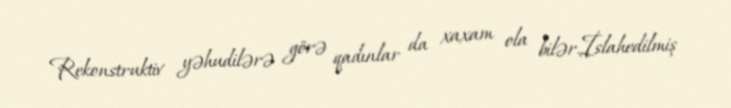
Rekonstruktiv yəhudilərə görə qadınlar da xaxam ola bilər.İslahedilmiş